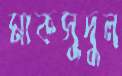
মাকসুদুল